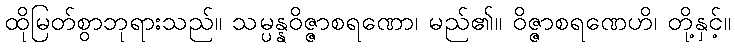
ထိုမြတ်စွာဘုရားသည်။ သမ္ပန္နဝိဇ္ဇာစရဏော၊ မည်၏။ ဝိဇ္ဇာစရဏေဟိ၊ တို့နှင့်။